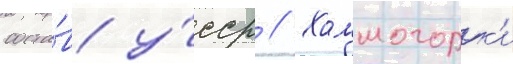
соста́в у́сср // Холмогорк'и